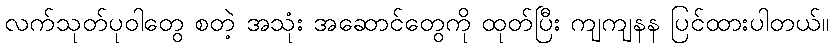
လက်သုတ်ပုဝါတွေ စတဲ့ အသုံး အဆောင်တွေကို ထုတ်ပြီး ကျကျနန ပြင်ထားပါတယ်။